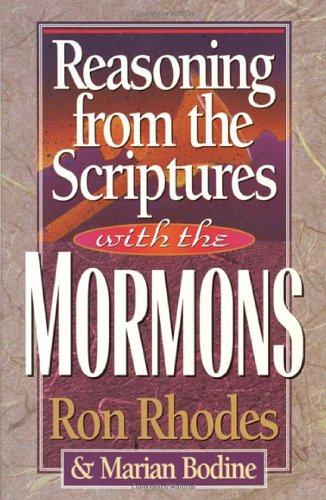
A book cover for Reasoning from the Scriptures with the Mormons; Ron Rhodes; Christian Books & Bibles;